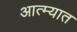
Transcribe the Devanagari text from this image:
आत्म्यात